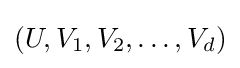
(U,V_{1},V_{2},\ldots ,V_{d})